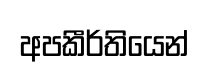
අපකීර්තියෙන්